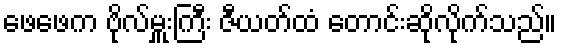
ဖေဖေက ဗိုလ်မှူးကြီး ဇီယတ်ထံ တောင်းဆိုလိုက်သည်။